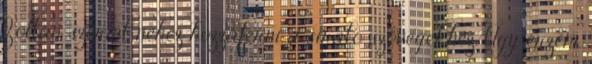
Zoltán szerint nehéz hozzáférni a sirató szövegekhez. Úgy érzem,